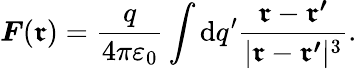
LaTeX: {\boldsymbol{F}}({\boldsymbol{\mathfrak{r}}})={\frac{{q}}{{4\pi\varepsilon_{0}}}}\int\mathrm{{d}}q^{\prime}{\frac{{{\boldsymbol{\mathfrak{r}}}-{\boldsymbol{\mathfrak{r}^{\prime}}}}}{{|{\boldsymbol{\mathfrak{r}}}-{\boldsymbol{\mathfrak{r}^{\prime}}}|^{3}}}}.